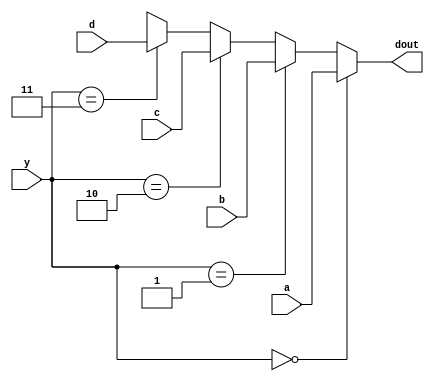
module mux(
a,
b,
c,
d,
y,
dout
);

input [3:0] a;
input [3:0] b;
input [3:0] c;
input [3:0] d;
input [1:0] y;
output reg [3:0] dout;

always @(*)begin
    if(y == 2'b00) begin
        dout = a;
    end
    else if(y == 2'b01) begin
        dout = b;
    end
    else if(y == 2'b10) begin
        dout = c;
    end
    else if(y == 2'b11) begin
        dout = d;
    end
    else dout = 4'bxxxx;
    end

endmodule